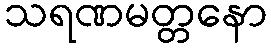
သရဏမတ္တနော